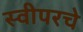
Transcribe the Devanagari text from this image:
स्वीपरचे